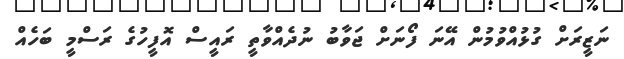
ނަޒީރަށް ގުޅުއްވުމުން އޭނަ ފޯނަށް ޖަވާބު ނުދެއްވާތީ ރައީސް އޮފީހުގެ ރަސްމީ ބަހެއް